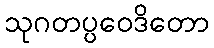
သုဂတပ္ပဝေဒိတော